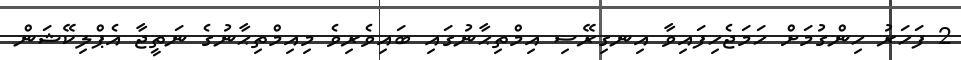
2 ފަހަރު ހިންގުމަށް ހަމަޖެހިފައިވާ އިނގިރޭސި އިމްތިޙާނުގައި ބައިވެރިވެ މިއިމްތިޙާނުގެ ނަތީޖާ އެޕްލިކޭޝަން